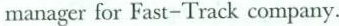
manager for Fast-Track company.